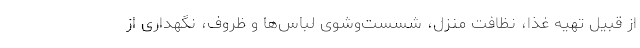
از قبیل تهیه غذا، نظافت منزل، شسست‌وشوی لباس‌ها و ظروف، نگهداری از